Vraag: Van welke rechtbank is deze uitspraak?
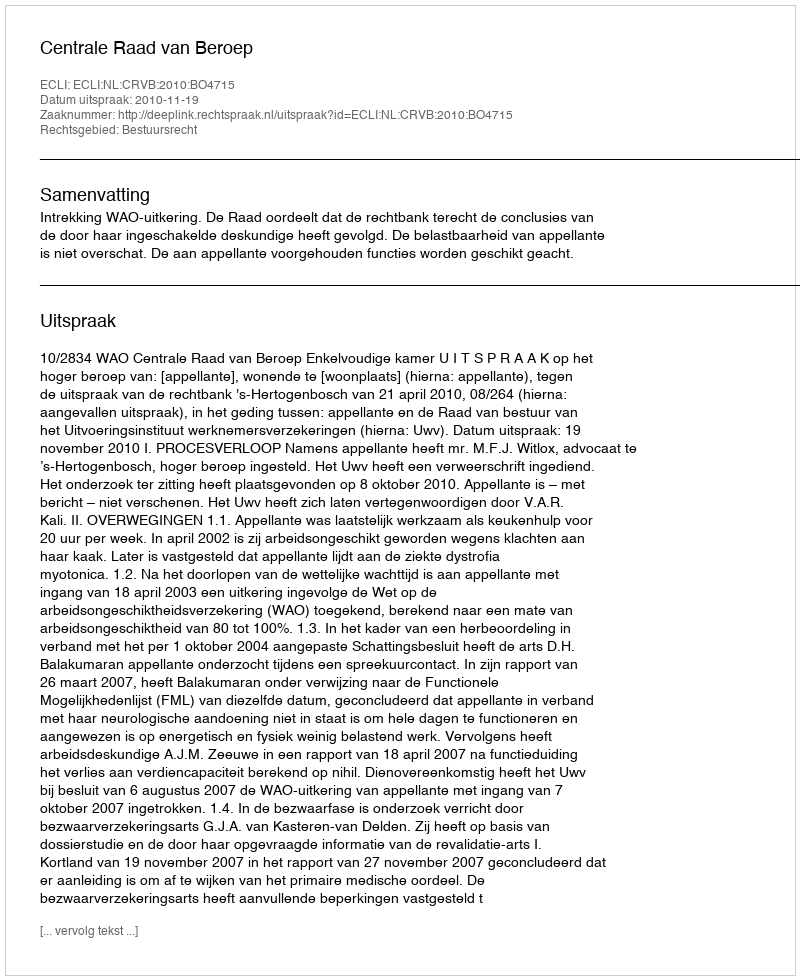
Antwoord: Centrale Raad van Beroep